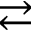
\rightleftarrows